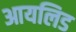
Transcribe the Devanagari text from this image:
आयलिड